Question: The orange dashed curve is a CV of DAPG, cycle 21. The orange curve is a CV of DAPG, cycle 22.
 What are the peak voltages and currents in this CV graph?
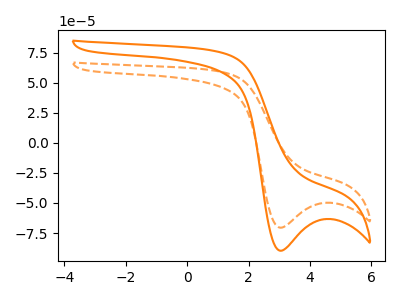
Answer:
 <answer>The orange dashed curve "DAPG, cycle 21" has a cathodic peak at: (3.05V, -70.55uA). The orange curve "DAPG, cycle 22" has a cathodic peak at: (3.05V, -89.75uA).</answer>
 <eval></eval>